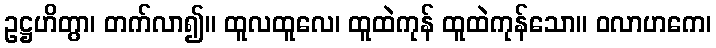
ဥဋ္ဌဟိတွာ၊ တက်လာ၍။ ထူလထူလေ၊ ထူထဲကုန် ထူထဲကုန်သော။ ဝလာဟကေ၊